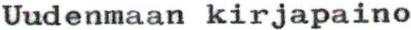
Uudenmaan kirjapaino